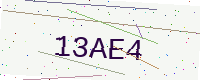
Text: 13AE4